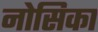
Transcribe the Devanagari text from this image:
नोसिका